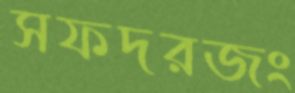
সফদরজং